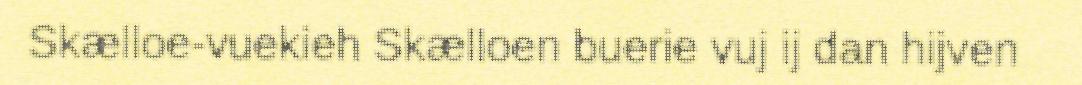
Skælloe-vuekieh Skælloen buerie vuj ij dan hijven